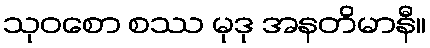
သုဝစော စဿ မုဒု အနတိမာနီ။